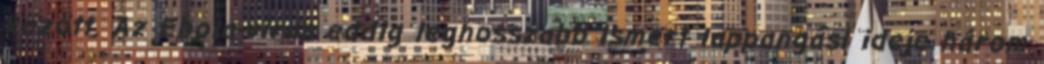
között. Az Ebola-vírus eddig leghosszabb ismert lappangási ideje három